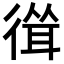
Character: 𢕈